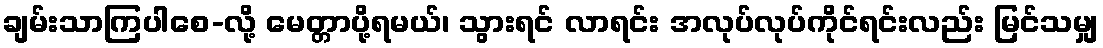
ချမ်းသာကြပါစေ-လို့ မေတ္တာပို့ရမယ်၊ သွားရင် လာရင်း အလုပ်လုပ်ကိုင်ရင်းလည်း မြင်သမျှ